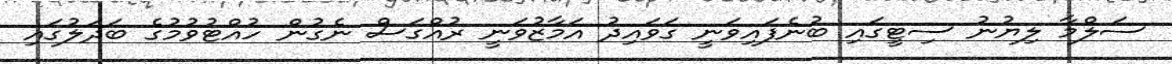
ސަލްމާ ލިޔުނު ސިޓީގައި ބުނެފައިވަނީ ގަވައިދު އަމާޒުވަނީ ރުއްގަސް ނެގުން ހުއްޓުވުމުގެ ބަދަލުގައި